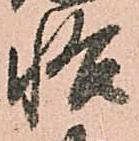
悟